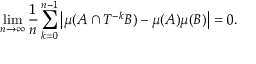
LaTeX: \operatorname* { l i m } _ { n \to \infty } { \frac { 1 } { n } } \sum _ { k = 0 } ^ { n - 1 } \left| \mu ( A \cap T ^ { - k } B ) - \mu ( A ) \mu ( B ) \right| = 0 .